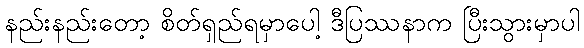
နည်းနည်းတော့ စိတ်ရှည်ရမှာပေါ့ ဒီပြဿနာက ပြီးသွားမှာပါ